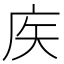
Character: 𢇻